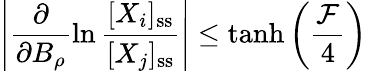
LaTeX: \left|\frac{\partial}{\partial B_{\rho}}\ln\frac{[X_{i}]_{\mathrm{ss}}}{[X_{j}]_{\mathrm{ss}}}\right|\leq\operatorname{tanh}\left(\frac{\mathcal{F}}{4}\right)